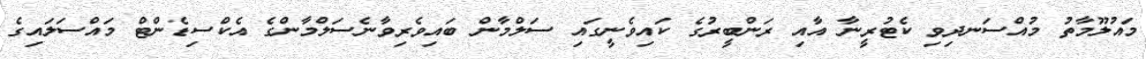
މައުލޫމާތު މުއްސަނދިވި ކެޓުރީނާ އާއި ރަންބީރުގެ ކައިވެނީގައި ސަލްމާން ބައިވެރިވާނެސަލްމާންގެ އެކްސިޑެންޓް މައްސަލައިގެ